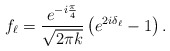
\begin{align*}f_\ell = \frac{e^{-i\frac{\pi}{4}}}{\sqrt{2\pi k}} \left( e^{2i\delta_\ell} -1\right). \end{align*}